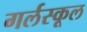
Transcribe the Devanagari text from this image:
गर्लस्कूल